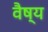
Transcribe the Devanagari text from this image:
वैष्य